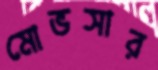
মোভসার